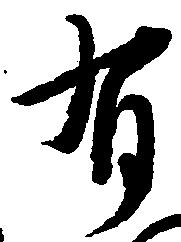
有